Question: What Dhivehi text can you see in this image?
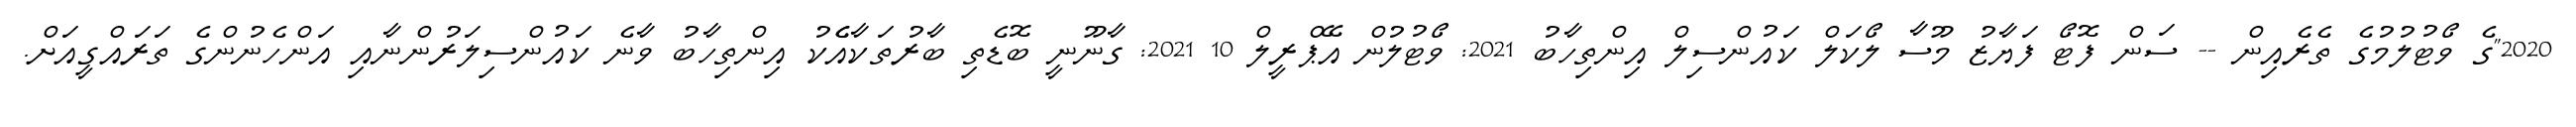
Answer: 2020"ގެ ވޯޓުލުމުގެ ތެރެއިން -- ސަން ފޮޓޯ ފަޔާޒު މޫސާ ލޯކަލް ކައުންސިލް އިންތިހާބު 2021: ވޯޓުލުން އޭޕްރީލް 10 2021: ގާނޫނީ ބޮޑެތި ބާރުތަކާއެެކު އިންތިހާބު ވާނެ ކައުންސިލަރުންނާއި އަންހެނުންގެ ތަރައްގީއަށް.